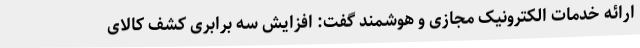
ارائه خدمات الکترونیک مجازی و هوشمند گفت: افزایش سه برابری کشف کالای